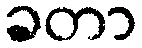
ခတာ